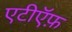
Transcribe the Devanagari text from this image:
एटीऍफ़